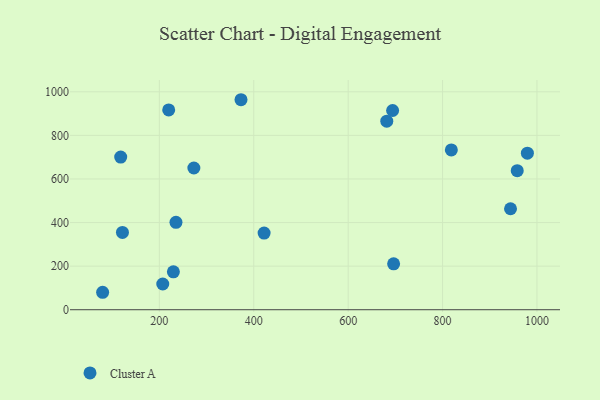
{"axis": {"x": "Investment", "y": "Fuel Efficiency"}, "legend": ["Cluster A"], "data": [{"x": "273.1", "y": 650.5, "type": "Cluster A"}, {"x": "958.2", "y": 638.2, "type": "Cluster A"}, {"x": "681.8", "y": 865.1, "type": "Cluster A"}, {"x": "207.2", "y": 118.0, "type": "Cluster A"}, {"x": "818.6", "y": 733.3, "type": "Cluster A"}, {"x": "118.1", "y": 700.5, "type": "Cluster A"}, {"x": "979.7", "y": 718.5, "type": "Cluster A"}, {"x": "694.2", "y": 914.2, "type": "Cluster A"}, {"x": "373.0", "y": 963.7, "type": "Cluster A"}, {"x": "235.2", "y": 400.9, "type": "Cluster A"}, {"x": "229.7", "y": 174.1, "type": "Cluster A"}, {"x": "421.9", "y": 351.8, "type": "Cluster A"}, {"x": "79.8", "y": 80.1, "type": "Cluster A"}, {"x": "219.8", "y": 916.9, "type": "Cluster A"}, {"x": "121.8", "y": 354.6, "type": "Cluster A"}, {"x": "696.3", "y": 210.6, "type": "Cluster A"}, {"x": "944.0", "y": 463.5, "type": "Cluster A"}]}